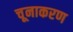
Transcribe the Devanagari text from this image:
चूनाकरण